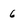
Character: 6